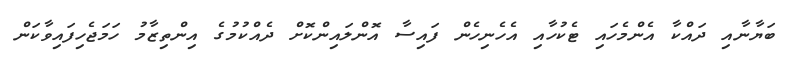
ބަޔާނާއި ދައްކާ އެންމެހައި ޓެކުހާއި އެހެނިހެން ފައިސާ އޮންލައިންކޮށް ދެއްކުމުގެ އިންތިޒާމު ހަމަޖެހިފައިވާކަން